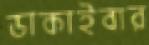
ডাকাইবার